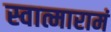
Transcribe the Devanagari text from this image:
स्वात्मारामं